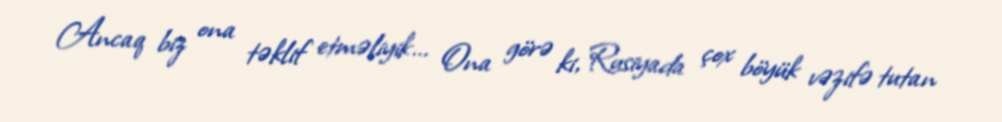
Ancaq biz ona təklif etməliyik... Ona görə ki, Rusiyada çox böyük vəzifə tutan